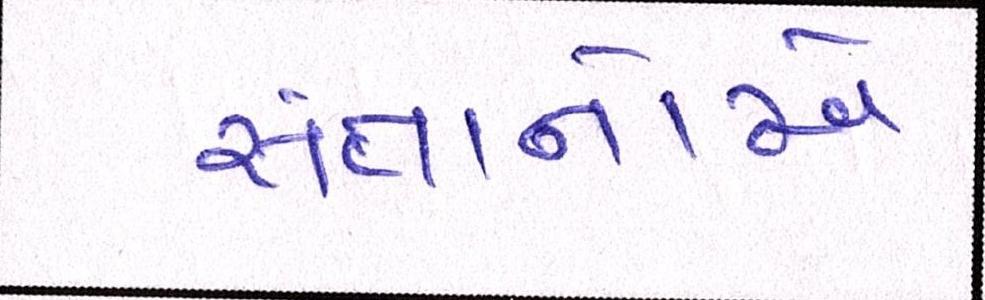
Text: સંતાનોએ